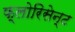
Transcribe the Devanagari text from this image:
फ्लोरिसेन्ट